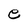
Character: e